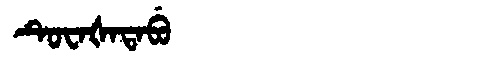
Manchu: ᡨᡠᠸᠠᡧᠠᡨᠠᠪᡠ
Romanization: TUWAŠATABU